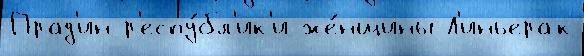
Прад'ин р'еспу́бл'ик'и же́нщины Л'иньерак